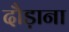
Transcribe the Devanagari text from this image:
दौड़ाना